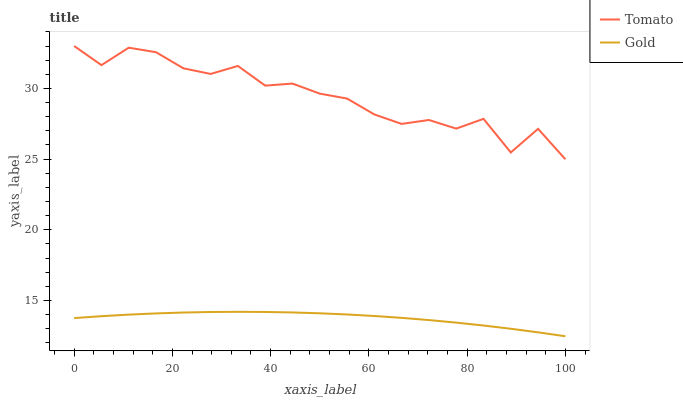
| xaxis_label | Tomato | Gold |
 | --- | --- | --- |
 | 0 | 33 | 13.8 |
 | 5.56 | 31.6 | 13.9 |
 | 11.1 | 32.9 | 14 |
 | 16.7 | 32.6 | 14.1 |
 | 22.2 | 31.4 | 14.2 |
 | 27.8 | 31 | 14.2 |
 | 33.3 | 31.6 | 14.2 |
 | 38.9 | 30.2 | 14.2 |
 | 44.4 | 30.3 | 14.2 |
 | 50 | 29.6 | 14.1 |
 | 55.6 | 29.3 | 14 |
 | 61.1 | 28.2 | 13.9 |
 | 66.7 | 27.5 | 13.8 |
 | 72.2 | 27.8 | 13.6 |
 | 77.8 | 27.2 | 13.4 |
 | 83.3 | 27.8 | 13.2 |
 | 88.9 | 25.5 | 13 |
 | 94.4 | 27.1 | 12.8 |
 | 100 | 25 | 12.5 |